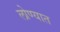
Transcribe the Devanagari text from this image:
लोण्यात